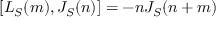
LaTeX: [ L _ { S } ( m ) , J _ { S } ( n ) ] = - n J _ { S } ( n + m )